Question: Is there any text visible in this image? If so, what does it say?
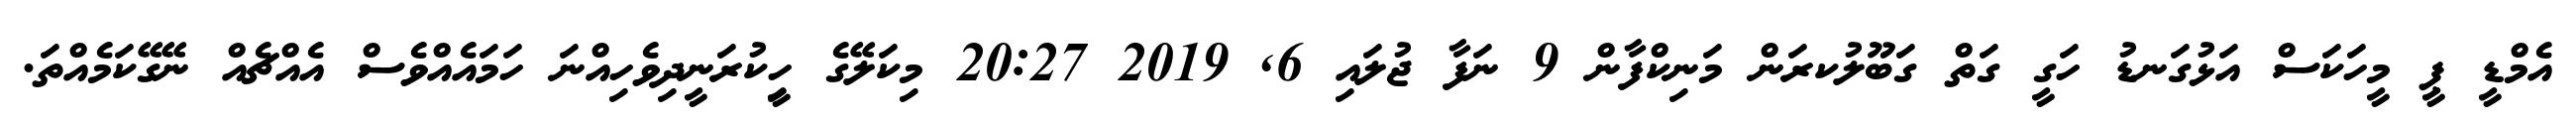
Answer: އެމްޑީ ޕީ މީހަކަސް އަޅުގަނޑު ހަގީ ގަތް ގަބޫލުކރަން މަނިކްފާން 9 ނަފާ ޖުލައި 6, 2019 20:27 މިކަލޭގެ ހީިކުރަނީދިވެހިއްނަ ހަމައެއްވެސް އެއްޗެއް ނޭގޭކަމެއްތަ.